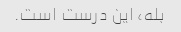
بله، این درست است.